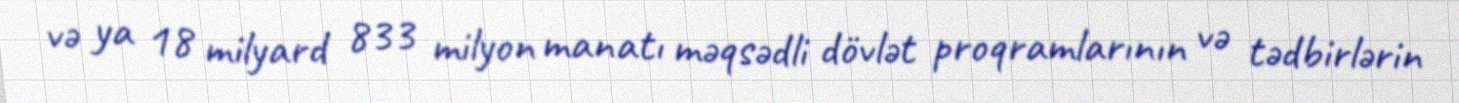
və ya 18 milyard 833 milyon manatı məqsədli dövlət proqramlarının və tədbirlərin